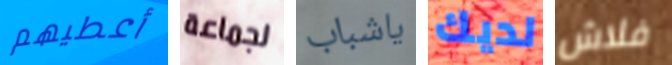
أعطيهم لجماعة ياشباب لديك فلاش